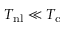
T _ { \mathrm { n l } } \ll T _ { \mathrm { c } }